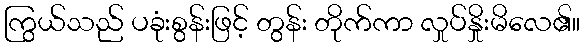
ကြွယ်သည် ပခုံးစွန်းဖြင့် တွန်း တိုက်ကာ လှုပ်နှိုးမိလေ၏။